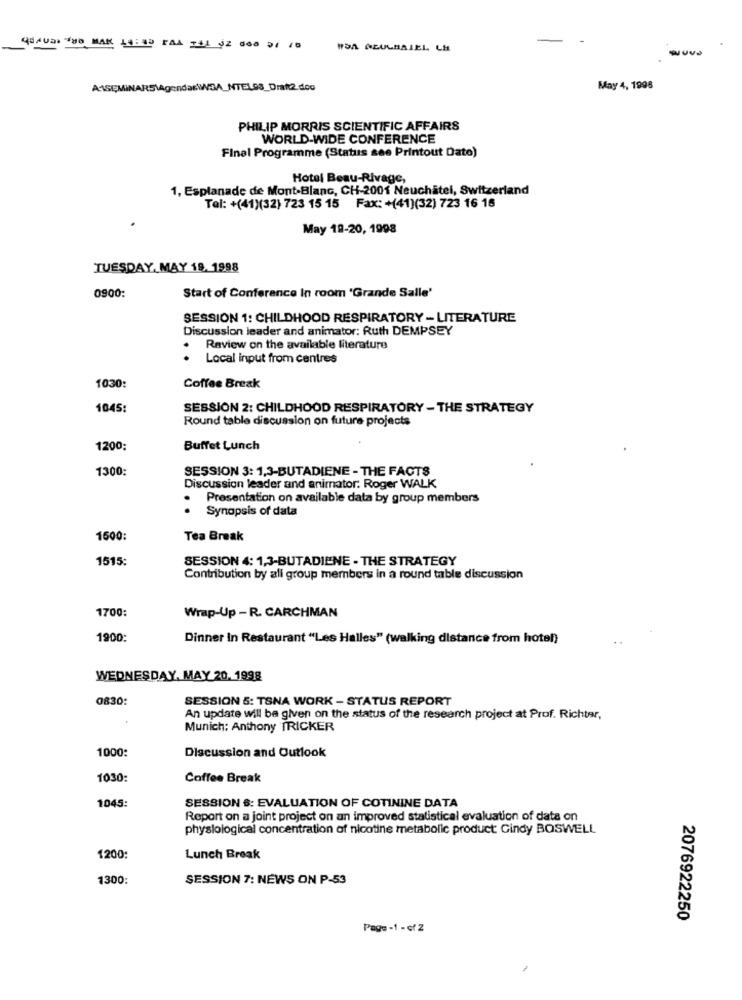
GENUSS THE MAK LIEND FAX TAL SZ 000 01 /0
HOA NEULBALEL CH
-u
May 4, 1995
PHILIP MORRIS SCIENTIFIC AFFAIRS
WORLD-WIDE CONFERENCE
Final Programme (Status see Printout Dato)
Hotel Beau-Rivage,
1, Esplanade de Mont-Blanc, CH-2001 Neuchatel, Switzerland
Tel: +(41)(32) 723 15 15 Fax: +(41)(32) 723 16 16
May 19-20, 1998
TUESDAY, MAY 19. 1998
0900:
Start of Conference In room "Grande Salle'
SESSION 1: CHILDHOOD RESPIRATORY - LITERATURE
Discussion leader and animator: Ruth DEMPSEY
.
Review on the available literature
Local input from centres
1030:
Coffee Break
1045:
SESSION 2: CHILDHOOD RESPIRATORY - THE STRATEGY
Round table discussion on future projects
1200;
Buffet Lunch
1300:
SESSION 3: 1,3-BUTADIENE - THE FACTS
Discussion leader and animator. Roger WALK
.
Presentation on available data by group members
· Synopsis of data
1500:
Tea Break
1515:
SESSION 4: 1,3-BUTADIENE - THE STRATEGY
Contribution by all group members in a round table discussion
1700:
Wrap-Up - R. CARCHMAN
1900:
Dinner In Restaurant "Les Halles" (walking distance from hotel)
WEDNESDAY, MAY 20. 1998
0830:
SESSION 5: TSNA WORK - STATUS REPORT
An update will be given on the status of the research project at Prof. Richter,
Munich: Anthony TRICKER
1000:
Discussion and Outlook
1030:
Coffee Break
1045:
SESSION &: EVALUATION OF COTININE DATA
Report on a joint project on an improved statistical evaluation of data on
physiological concentration of nicotine metabolic product: Cindy BOSWELL
1200:
Lunch Break
1300:
SESSION 7: NEWS ON P-53
2076922250
Page -1 - of 2